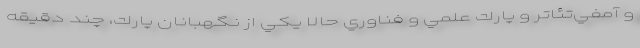
و آمفي‌تئاتر و پارك علمي و فناوري حالا يكي از نگهبانان پارك، چند دقيقه